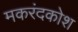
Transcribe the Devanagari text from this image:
मकरंदकोश